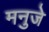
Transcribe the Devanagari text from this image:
मनुजे